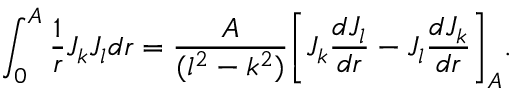
\int _ { 0 } ^ { A } \frac { 1 } { r } J _ { k } J _ { l } d r = \frac { A } { ( l ^ { 2 } - k ^ { 2 } ) } \bigg [ J _ { k } \frac { d J _ { l } } { d r } - J _ { l } \frac { d J _ { k } } { d r } \bigg ] _ { A } .